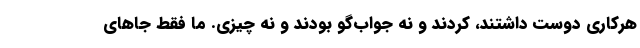
هرکاری دوست داشتند، کردند و نه جواب‌گو بودند و نه چیزی. ما فقط جاهای